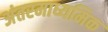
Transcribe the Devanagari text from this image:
अंतरमाध्यमिक